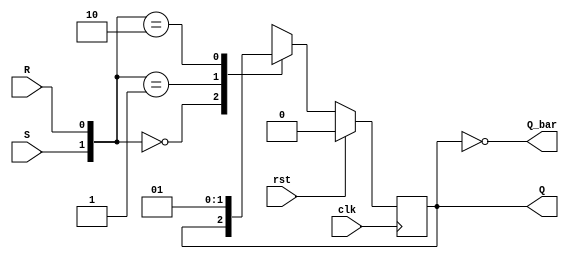
module sr_ff_sync_rst(clk,rst,S,R, Q,Q_bar);
input clk,rst,S,R;
output reg Q;
output Q_bar;

always@(posedge clk)
begin
if(!rst)
begin
  case({S,R})
    2'b00: Q <= Q;
	2'b01: Q <= 1'b0;
	2'b10: Q <= 1'b1;
	2'b11: Q <= 1'bx;
  endcase
end
else
  Q <=1'b0;
end
assign Q_bar = ~Q;

endmodule